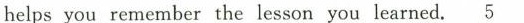
helps you remember the lesson you learned.\underline{5}